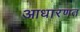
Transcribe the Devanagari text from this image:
आधारणत